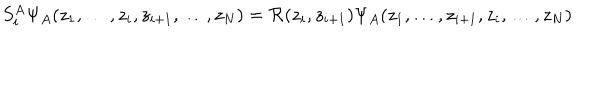
S _ { i } ^ { A } \Psi _ { A } ( z _ { 1 } , \dots , z _ { i } , z _ { i + 1 } , \dots , z _ { N } ) = { \cal R } ( z _ { i } , z _ { i + 1 } ) \Psi _ { A } ( z _ { 1 } , \dots , z _ { i + 1 } , z _ { i } , \dots , z _ { N } )